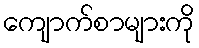
ကျောက်စာများကို